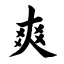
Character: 爽